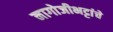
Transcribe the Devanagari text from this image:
नागोजीभट्टांचे